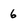
Character: 6